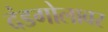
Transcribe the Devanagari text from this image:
दंडगोलावर